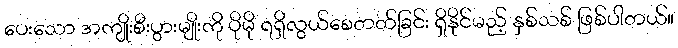
ပေးသော အကျိုးစီးပွားမျိုးကို ပိုမို ရရှိလွယ်စေတတ်ခြင်း ရှိနိုင်မည့် နှစ်သစ် ဖြစ်ပါတယ်။